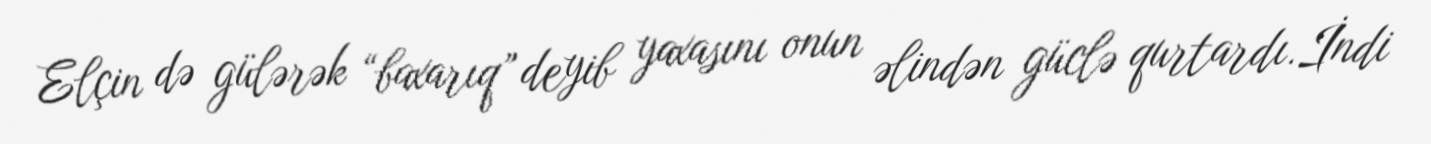
Elçin də gülərək “baxarıq” deyib yaxasını onun əlindən güclə qurtardı.İndi